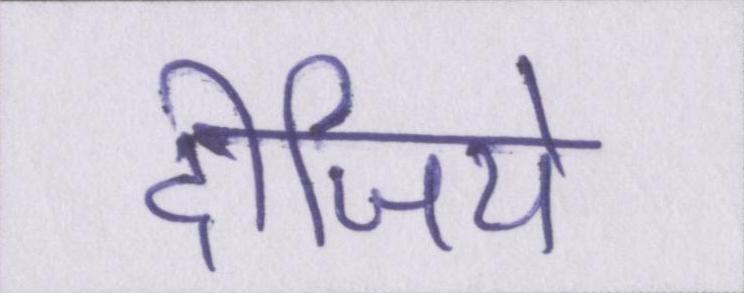
दीजिये